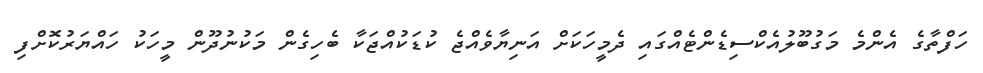
ހަފްތާގެ އެންމެ މަގުބޫލުއެކްސިޑެންޓެއްގައި ދެމީހަކަށް އަނިޔާވެއްޖެ ކުޑަކުއްޖަކާ ބެހިގެން މަކުނުދޫން މީހަކު ހައްޔަރުކޮށްފި